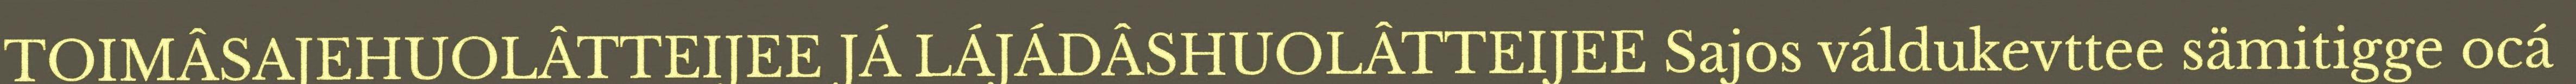
TOIMÂSAJEHUOLÂTTEIJEE JÁ LÁJÁDÂSHUOLÂTTEIJEE Sajos váldukevttee sämitigge ocá